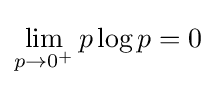
\lim _{p\rightarrow 0^{+}}p\log p=0